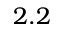
2 . 2